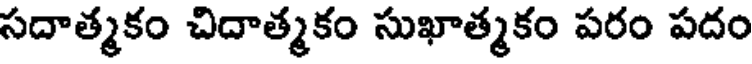
సదాత్మకం చిదాత్మకం సుఖాత్మకం పరం పదం